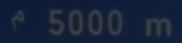
^{\prime}5000\